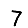
Digit: 7